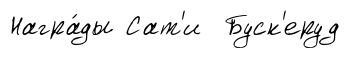
Награ́ды Сат'и Буск'еруд